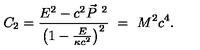
C _ { 2 } = \frac { E ^ { 2 } - c ^ { 2 } \vec { P } ^ { \ 2 } } { \left( 1 - \frac { E } { \kappa c ^ { 2 } } \right) ^ { 2 } } \ = \ M ^ { 2 } c ^ { 4 } .